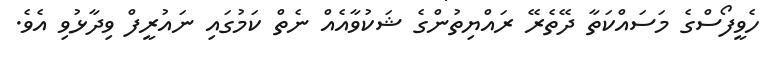
ހެވީފޯސްގެ މަސައްކަތާ ދޭތެރޭ ރައްޔިތުންގެ ޝަކުވާއެއް ނެތް ކަމުގައި ނައުރީފް ވިދާޅުވި އެވެ.